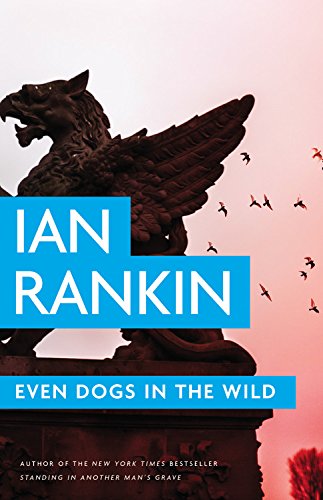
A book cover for Even Dogs in the Wild (Inspector Rebus); Ian Rankin; Mystery, Thriller & Suspense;